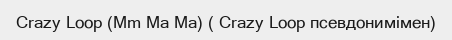
Crazy Loop (Mm Ma Ma) ( Crazy Loop псевдонимімен)